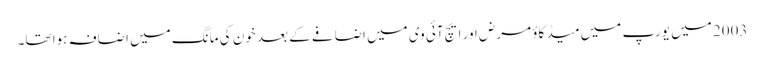
2003 میں یورپ میں میڈ کاؤ مرض اور ایچ آئی وی میں اضافے کے بعد خون کی مانگ میں اضافہ ہوا تھا۔